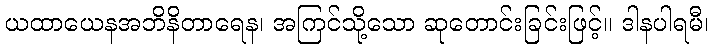
ယထာယေနအဘိနိတာရေန၊ အကြင်သို့သော ဆုတောင်းခြင်းဖြင့်။ ဒါနပါရမီ၊